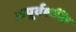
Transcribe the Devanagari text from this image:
अपूर्वशक्ति